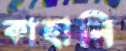
কাহানি